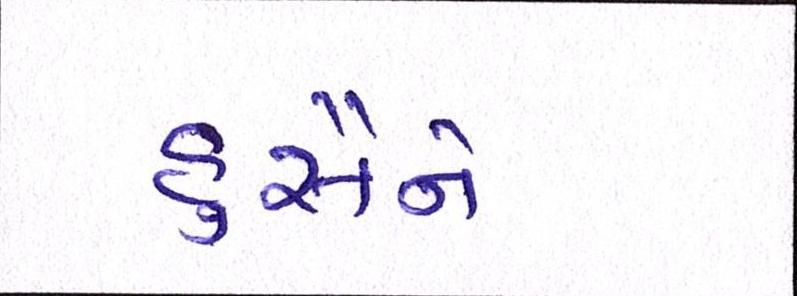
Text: હુસૈને